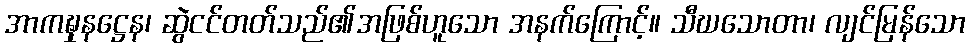
အာကဍ္ဎှနဋ္ဌေန၊ ဆွဲငင်တတ်သည်၏အဖြစ်ဟူသော အနက်ကြောင့်။ သီဃသောတာ၊ လျင်မြန်သော